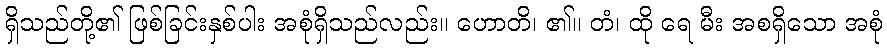
ရှိသည်တို့၏ ဖြစ်ခြင်းနှစ်ပါး အစုံရှိသည်လည်း။ ဟောတိ၊ ၏။ တံ၊ ထို ရေ မီး အစရှိသော အစုံ